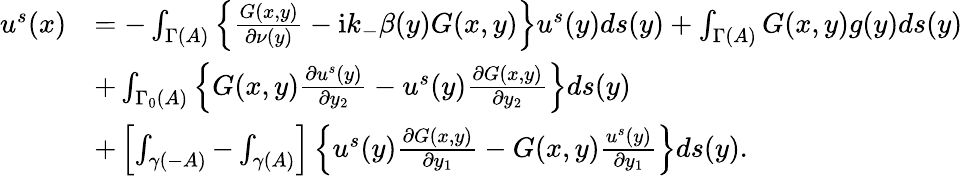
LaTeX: \begin{array}{rl}{u^{s}(x)}&{=-\int_{\Gamma(A)}\left\{ \frac{G(x,y)}{\partial\nu(y)}-\mathrm{i}k_{-}\beta(y)G(x,y)\right\} u^{s}(y)ds(y)+\int_{\Gamma(A)}G(x,y)g(y)ds(y)}\\ &{+\int_{\Gamma_{0}(A)}\left\{ G(x,y)\frac{\partial u^{s}(y)}{\partial y_{2}}-u^{s}(y)\frac{\partial G(x,y)}{\partial y_{2}}\right\} ds(y)}\\ &{+\left[\int_{\gamma(-A)}-\int_{\gamma(A)}\right]\left\{ u^{s}(y)\frac{\partial G(x,y)}{\partial y_{1}}-G(x,y)\frac{u^{s}(y)}{\partial y_{1}}\right\} ds(y).}\end{array}